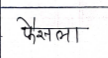
मजकूर: फैसला